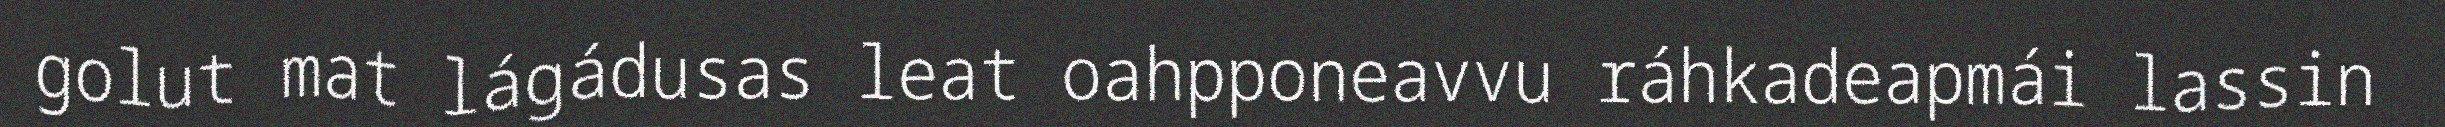
golut mat lágádusas leat oahpponeavvu ráhkadeapmái lassin